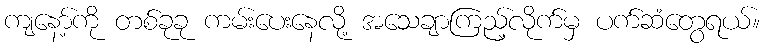
ကျနော့်ကို တစ်ခုခု ကမ်းပေးနေလို့ အသေချာကြည့်လိုက်မှ ပက်ဆံတွေရယ်။